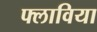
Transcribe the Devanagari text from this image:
फ्लाविया